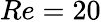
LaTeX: Re=20